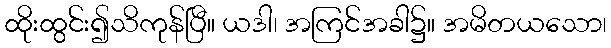
ထိုးထွင်း၍သိကုန်ပြီ။ ယဒါ၊ အကြင်အခါ၌။ အမိတယသော၊